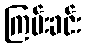
ကြမ်းခင်း